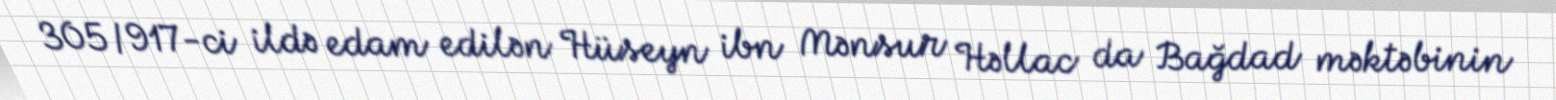
305/917-ci ildə edam edilən Hüseyn ibn Mənsur Həllac da Bağdad məktəbinin